King Institute of Preventive Medicine Micro-Biological Section reports 1909-11
Year: 1909
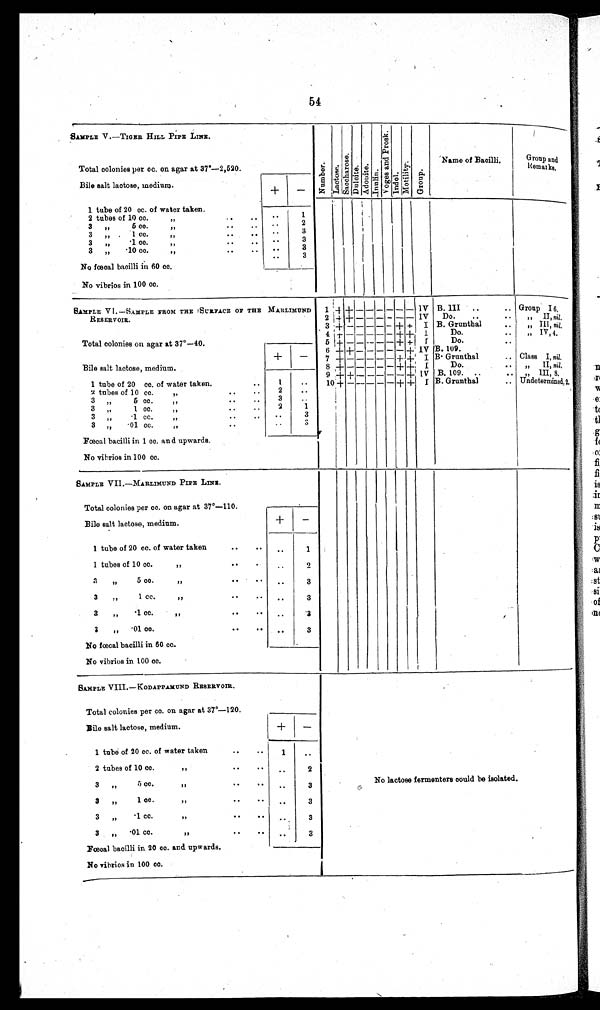
54
SAMPLE V.—TIGER HILL PIPE LINE.
Number. La c t o s e . S a c h a r o s e .
Dulcite.
A d o n i t e .
Innul i n.
V o g e s a n d P r o s k . Indol. Mo t i l i t y . Gr o u p .
Name of Bacilli.
Group and
Remarks.
Total colonies per oc. on agar at 37*—2,520.
Bile salt lactose, medium.
+ −
1 tube of 20 cc. of water taken.
2 tubes of 10 cc
1
3 , , 5 c c . , ,
2
3 ,, 1 cc. ,,
3
3 ,, ·1 cc. ,,
3
3 ,, ·10 co. ,,
3
3
No fœoal bacilli in 60 cc.
No vibrios in 100 cc
SAMPLE VI. — SAMPLE FROM THE I SURFACE OF THE MARLIMUND RESERVIOR.
1 + + − − − − − −
IV B. III
Group I6.
2 + + − − − − − −
IV
Do.
,, II, nil.
3 + − − − − − + +
I B. Grunthal
, , I I I , n i l .
4
+ − −
− − + +
I
Do.
,, IV, 4.
Total colonies on agar at 37°—40.
5 + − − − − − + +
I
Do.
6 + + −
− − − + IV B. 109.
+
−
7 + − − − − − + +
I B.Grunthal
Class I, nil.
Bile salt lactose, medium.
8 + − − − − − + +
I
Do.
,, II, nil.
9 + + − − − − − +
I V B. 109.
„ III, 8.
1 tube of 20 cc. of water taken
1 0
+ − − − − − + +
I B. Grunthal
U n d e t e r m i n e d , 2 .
2 tubes of 10 cc. ,,
1
3 ,, 5 cc. ,,
2
3 ,, 1 cc. ,,
3
3 , , · 1 c c . , ,
3
3 ,, ·01 cc. ,,
3
Fœal bacilli in 1 cc. and upwards.
3
No vibrios in 100 cc.
SAMPLE VII .—MARLIMUND PIPE LINE.
Total colonies per cc. on agar at 37°—110.
Bile salt lactose, medium.
+
−
1 tube of 20 cc. of water taken
1
1 tubes of 10 cc. ,,
2
3 ,, 5 cc.,,
3
3 ,, 1 cc. ,,
3
3 ,, ·1 cc. ,,
3
3 ,, ·01 cc. ,,
3
No fœcal bacilli in 60 cc.
No vibrios in 100 oc.
SAMPLE VIII.— KODAPPAMUND RESERVOIR.
N o l a c t o s e f e r me n t e r s c o u l d b e i s o l a t e d .
Total colonies per cc. on agar at 37°—120.
Bile salt lactose, medium.
+
−
1 tube of 20 cc. of water taken
1
2 tubes of 10 cc. ,,
2
3 ,, 5 cc. ,,
3
3 ,, 1 cc. ,,
3
3 ,, ·1 cc. ,,
3
3 ,, ·01 co. ,,
3
Fœoal bacilli in. 20 cc. and upwards.
No vibrios in 100 cc.